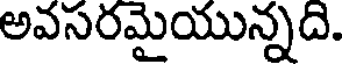
అవసరమైయున్నది.